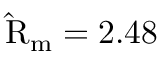
\mathrm { \hat { R } } _ { \mathrm { m } } = 2 . 4 8